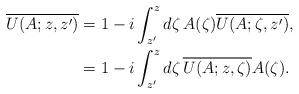
LaTeX: \begin{align*}\overline{U(A;z,z')}&=1-i\int_{z'}^z d\zeta \,A(\zeta) \overline{U(A;\zeta,z')}, \\&=1-i\int_{z'}^z d\zeta \,\overline{U(A;z,\zeta)}A(\zeta). \end{align*}